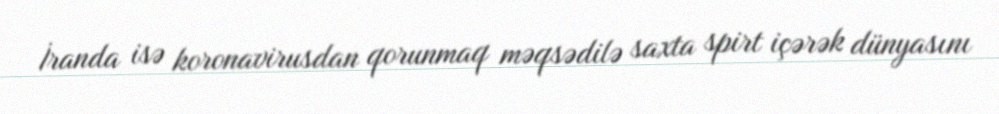
İranda isə koronavirusdan qorunmaq məqsədilə saxta spirt içərək dünyasını